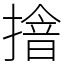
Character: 摿